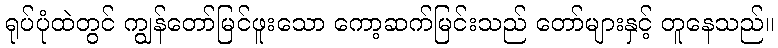
ရုပ်ပုံထဲတွင် ကျွန်တော်မြင်ဖူးသော ကော့ဆက်မြင်းသည် တော်များနှင့် တူနေသည်။